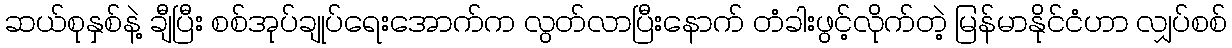
ဆယ်စုနှစ်နဲ့ ချီပြီး စစ်အုပ်ချုပ်ရေးအောက်က လွတ်လာပြီးနောက် တံခါးဖွင့်လိုက်တဲ့ မြန်မာနိုင်ငံဟာ လျှပ်စစ်